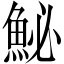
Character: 鮅